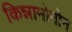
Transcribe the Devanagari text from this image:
किन्नामोमोन